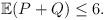
LaTeX: \begin{align*}&\mathbb{E}(P+Q)\le 6.\end{align*}